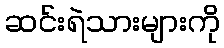
ဆင်းရဲသားများကို